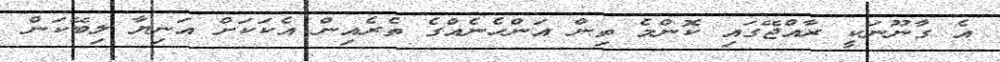
އެ ގާނޫނަކީ ރާއްޖޭގައި ކޮންމެ ތިން އަންހެނެއްގެ ތެރެއިން އެކަކަށް އަނިޔާ ލިބޭކަން